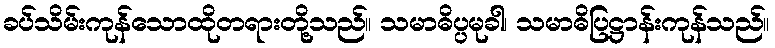
ခပ်သိမ်းကုန်သောထိုတရားတို့သည်။ သမာဓိပ္ပမုခါ၊ သမာဓိပြဋ္ဌာန်းကုန်သည်။